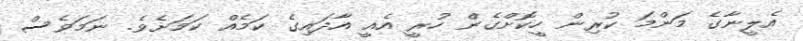
އެލީނާގެ މަންމަ ކުރިން ހީކޮށްގެން ހުރީ އެއީ އާދައިގެ ކަމެއް ކަމަށެވެ. ނަމަވެސް